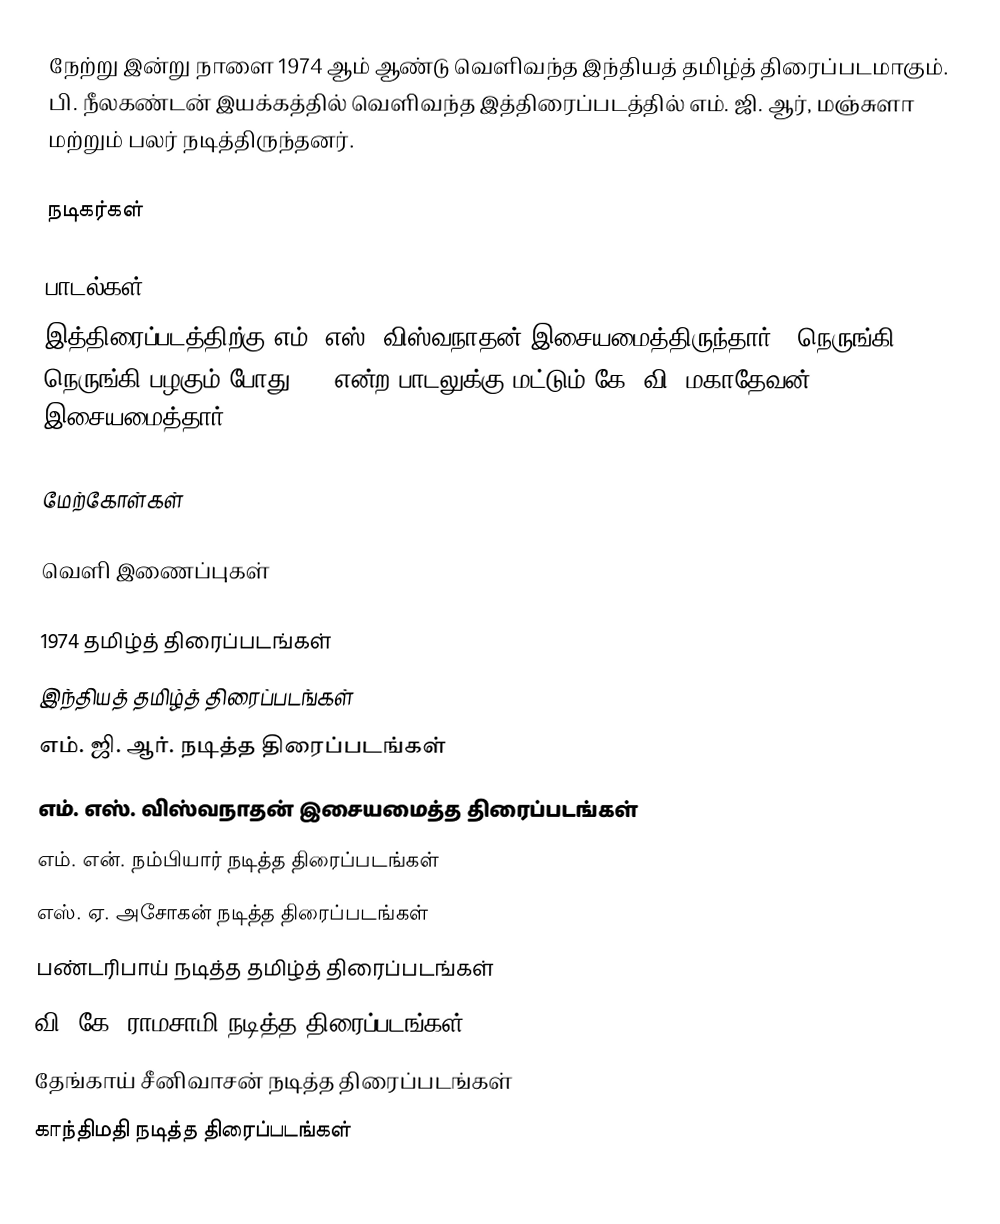
நேற்று இன்று நாளை 1974 ஆம் ஆண்டு வெளிவந்த இந்தியத் தமிழ்த் திரைப்படமாகும். பி. நீலகண்டன் இயக்கத்தில் வெளிவந்த இத்திரைப்படத்தில் எம். ஜி. ஆர், மஞ்சுளா மற்றும் பலர் நடித்திருந்தனர்.

நடிகர்கள்

பாடல்கள்
இத்திரைப்படத்திற்கு எம். எஸ். விஸ்வநாதன் இசையமைத்திருந்தார். "நெருங்கி நெருங்கி பழகும் போது..." என்ற பாடலுக்கு மட்டும் கே. வி. மகாதேவன் இசையமைத்தார்.

மேற்கோள்கள்

வெளி இணைப்புகள்

1974 தமிழ்த் திரைப்படங்கள்
இந்தியத் தமிழ்த் திரைப்படங்கள்
எம். ஜி. ஆர். நடித்த திரைப்படங்கள்
எம். எஸ். விஸ்வநாதன் இசையமைத்த திரைப்படங்கள்
எம். என். நம்பியார் நடித்த திரைப்படங்கள்
எஸ். ஏ. அசோகன் நடித்த திரைப்படங்கள்
பண்டரிபாய் நடித்த தமிழ்த் திரைப்படங்கள்
வி. கே. ராமசாமி நடித்த திரைப்படங்கள்
தேங்காய் சீனிவாசன் நடித்த திரைப்படங்கள்
காந்திமதி நடித்த திரைப்படங்கள்